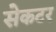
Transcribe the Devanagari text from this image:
सेकटर